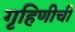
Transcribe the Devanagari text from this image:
गृहिणीची